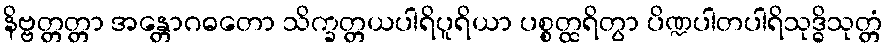
နိဗ္ဗတ္တတ္တာ အန္တောဂဓတော သိက္ခတ္တယပါရိပူရိယာ ပစ္စတ္ထရိတွာ ပိဏ္ဍပါတပါရိသုဒ္ဓိသုတ္တံ